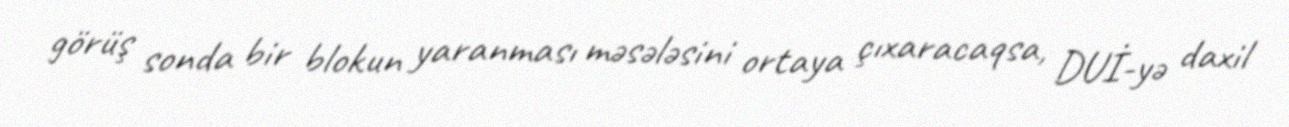
görüş sonda bir blokun yaranması məsələsini ortaya çıxaracaqsa, DUİ-yə daxil